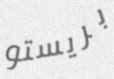
بريستو